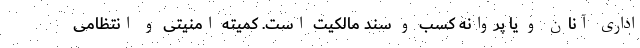
اداری آنان و یا پروانه کسب و سند مالکیت است. کمیته امنیتی و انتظامی